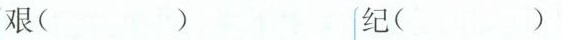
艰（） 纪（）